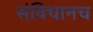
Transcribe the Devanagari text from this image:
संविधानच